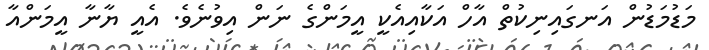
މަޑުމަޑުން އަނގައިނިކުތް އާހް އަކާއިއެކީ އީމަންގެ ނަން އިވުނެވެ. އެއީ ޔާނާ އީމަންއާ